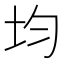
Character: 均